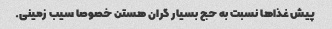
پیش غذاها نسبت به حج بسیار گران هستن خصوصا سیب زمینی.